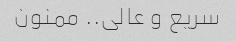
سریع و عالی.. ممنون